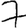
Digit: 7